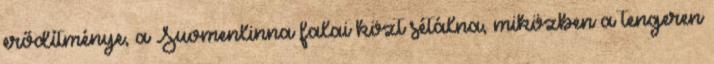
erődítménye, a Suomenlinna falai közt sétálna, miközben a tengeren